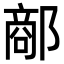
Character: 𨝗